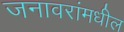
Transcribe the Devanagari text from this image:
जनावरांमधील